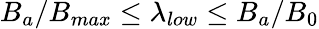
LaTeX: B_{a}/B_{max}\leq\lambda_{low}\leq B_{a}/B_{0}